65_HS1-834228961_62-HQ-83894_Section_7
Agency: FBI
Page 164
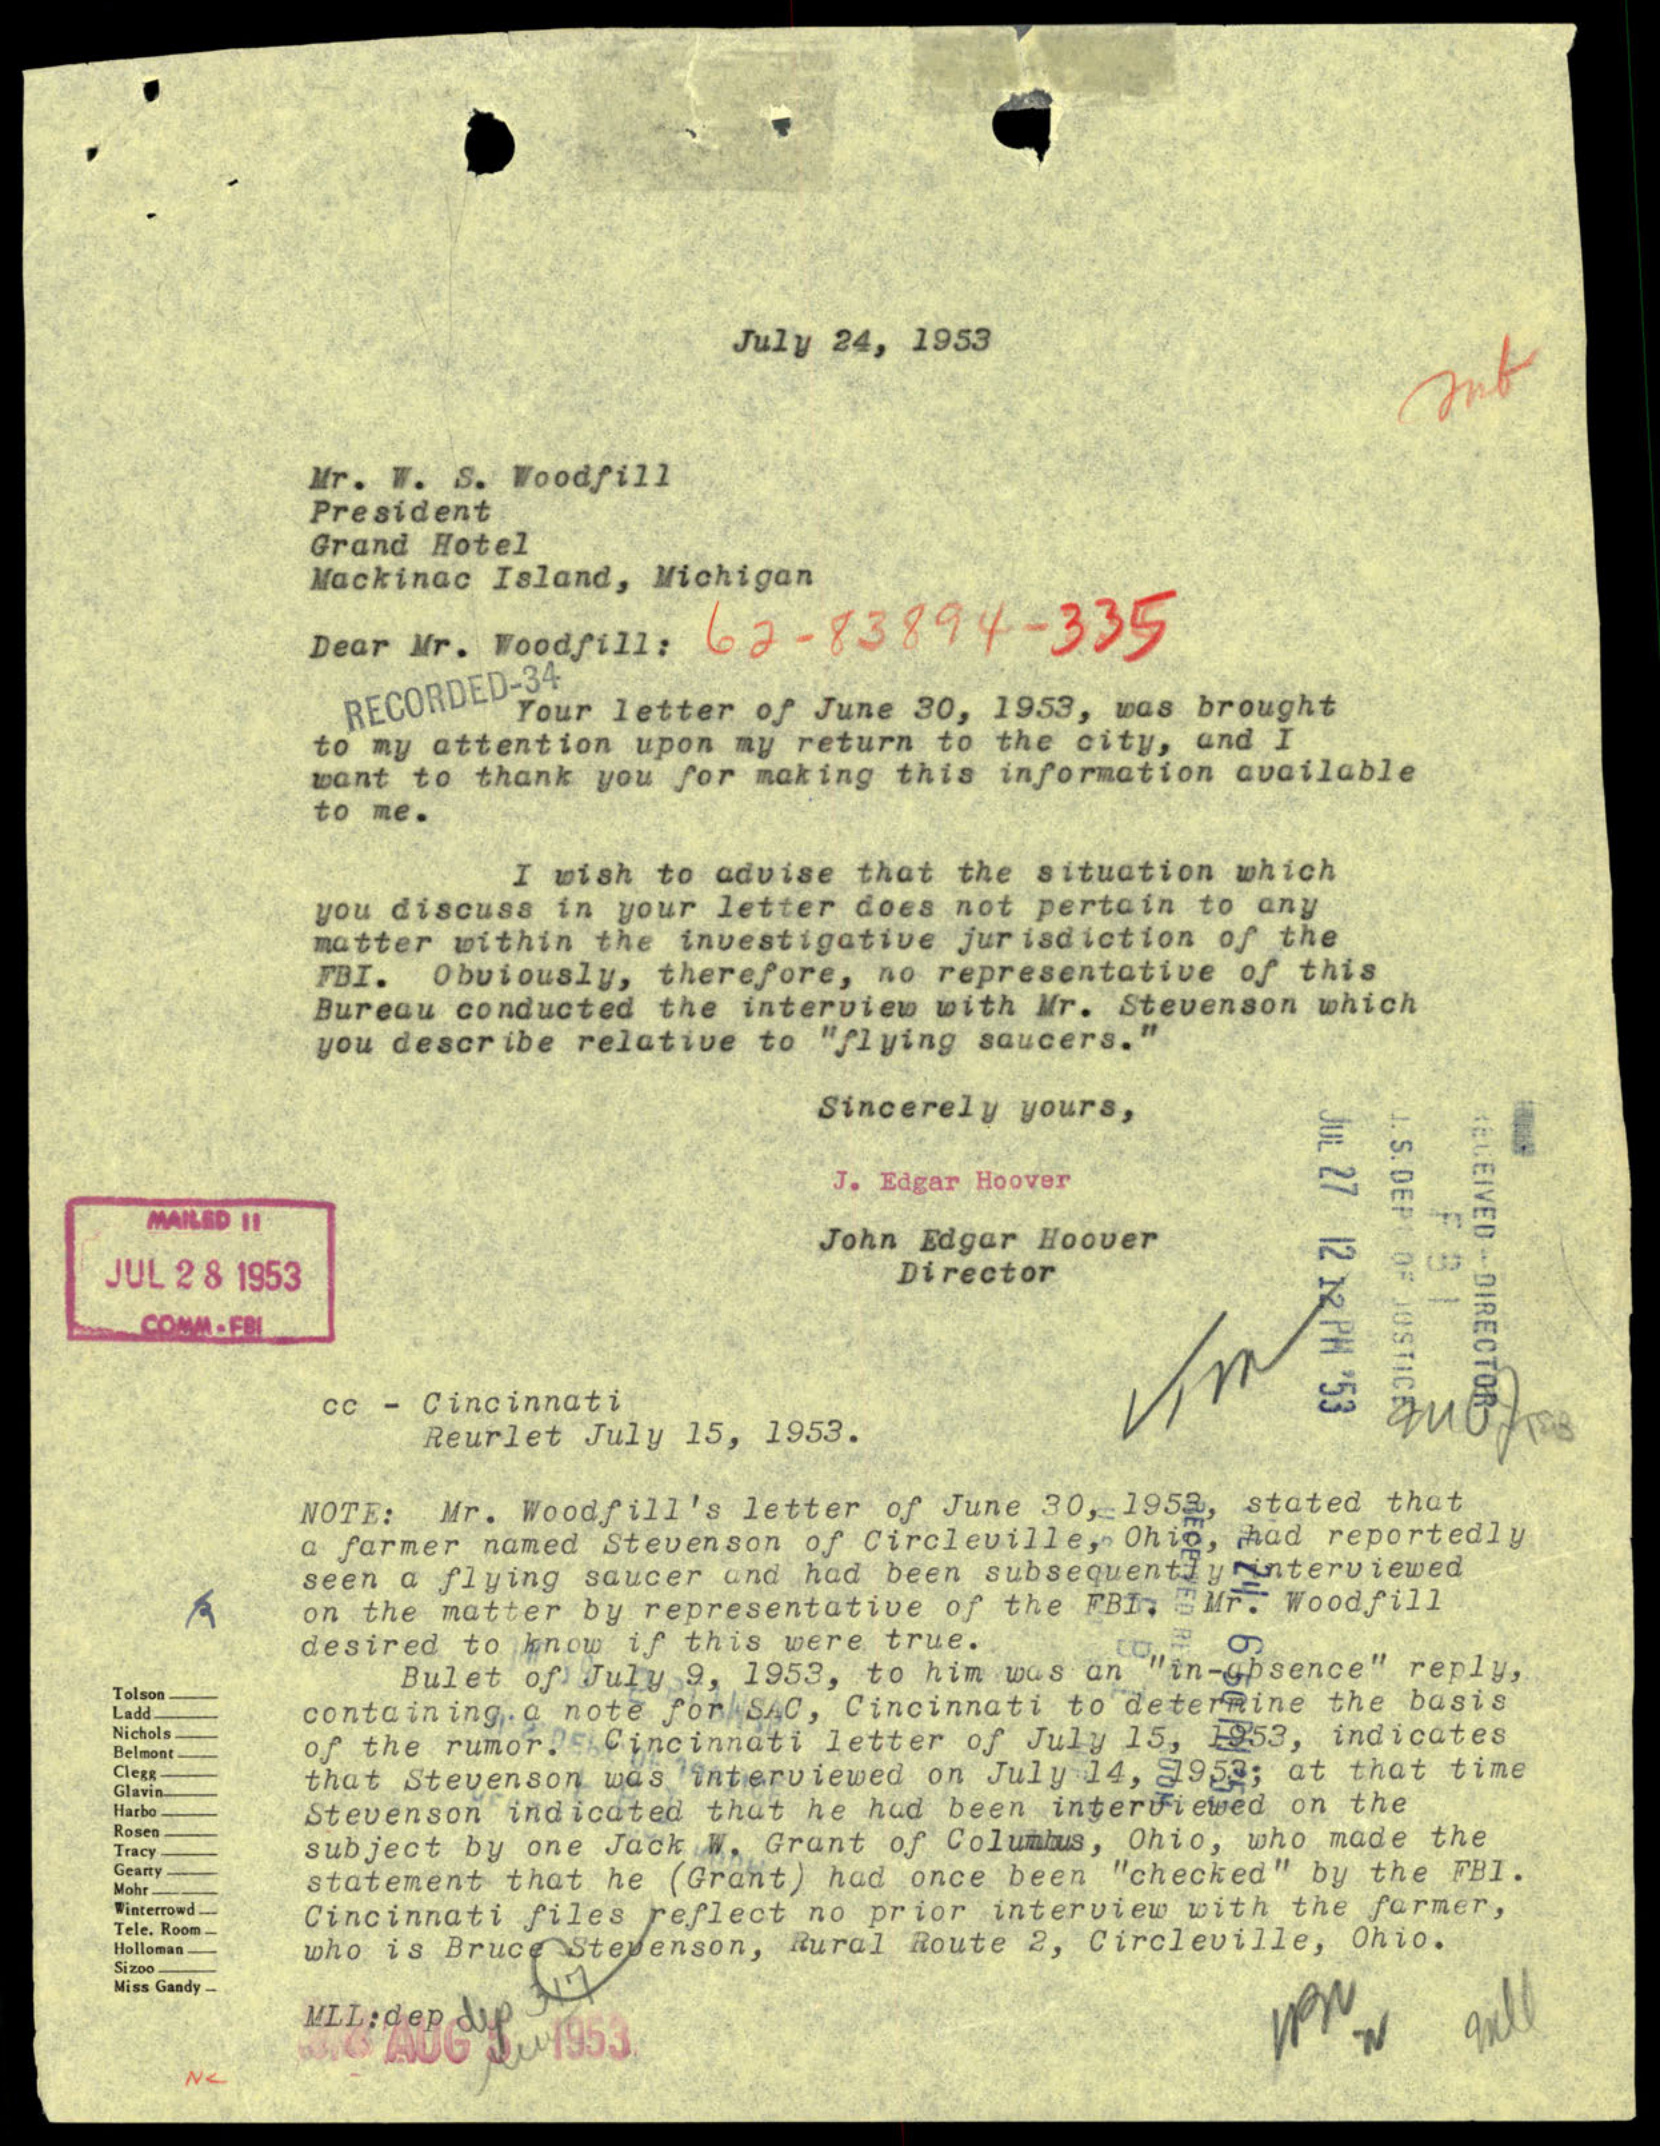